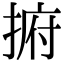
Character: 捬